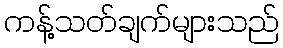
ကန့်သတ်ချက်များသည်